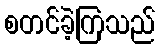
စတင်ခဲ့ကြသည်